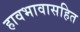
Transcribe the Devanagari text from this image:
हावभावासहित